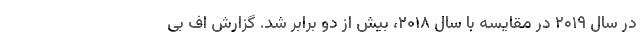
در سال ۲۰۱۹ در مقایسه با سال ۲۰۱۸، بیش از دو برابر شد. گزارش اف بی